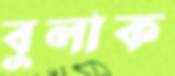
বুলাক